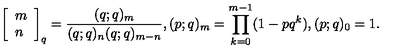
\left[ \begin{array} { l } { m } \\ { n } \\ \end{array} \right] _ { q } = \frac { ( q ; q ) _ { m } } { ( q ; q ) _ { n } ( q ; q ) _ { m - n } } , ( p ; q ) _ { m } = \prod _ { k = 0 } ^ { m - 1 } ( 1 - p q ^ { k } ) , ( p ; q ) _ { 0 } = 1 .